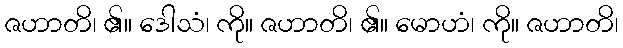
ဇဟာတိ၊ ၏။ ဒေါသံ၊ ကို။ ဇဟာတိ၊ ၏။ မောဟံ၊ ကို။ ဇဟာတိ၊